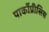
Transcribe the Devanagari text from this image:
पार्कोप्रीसिस